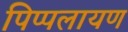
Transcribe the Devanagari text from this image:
पिप्पलायण